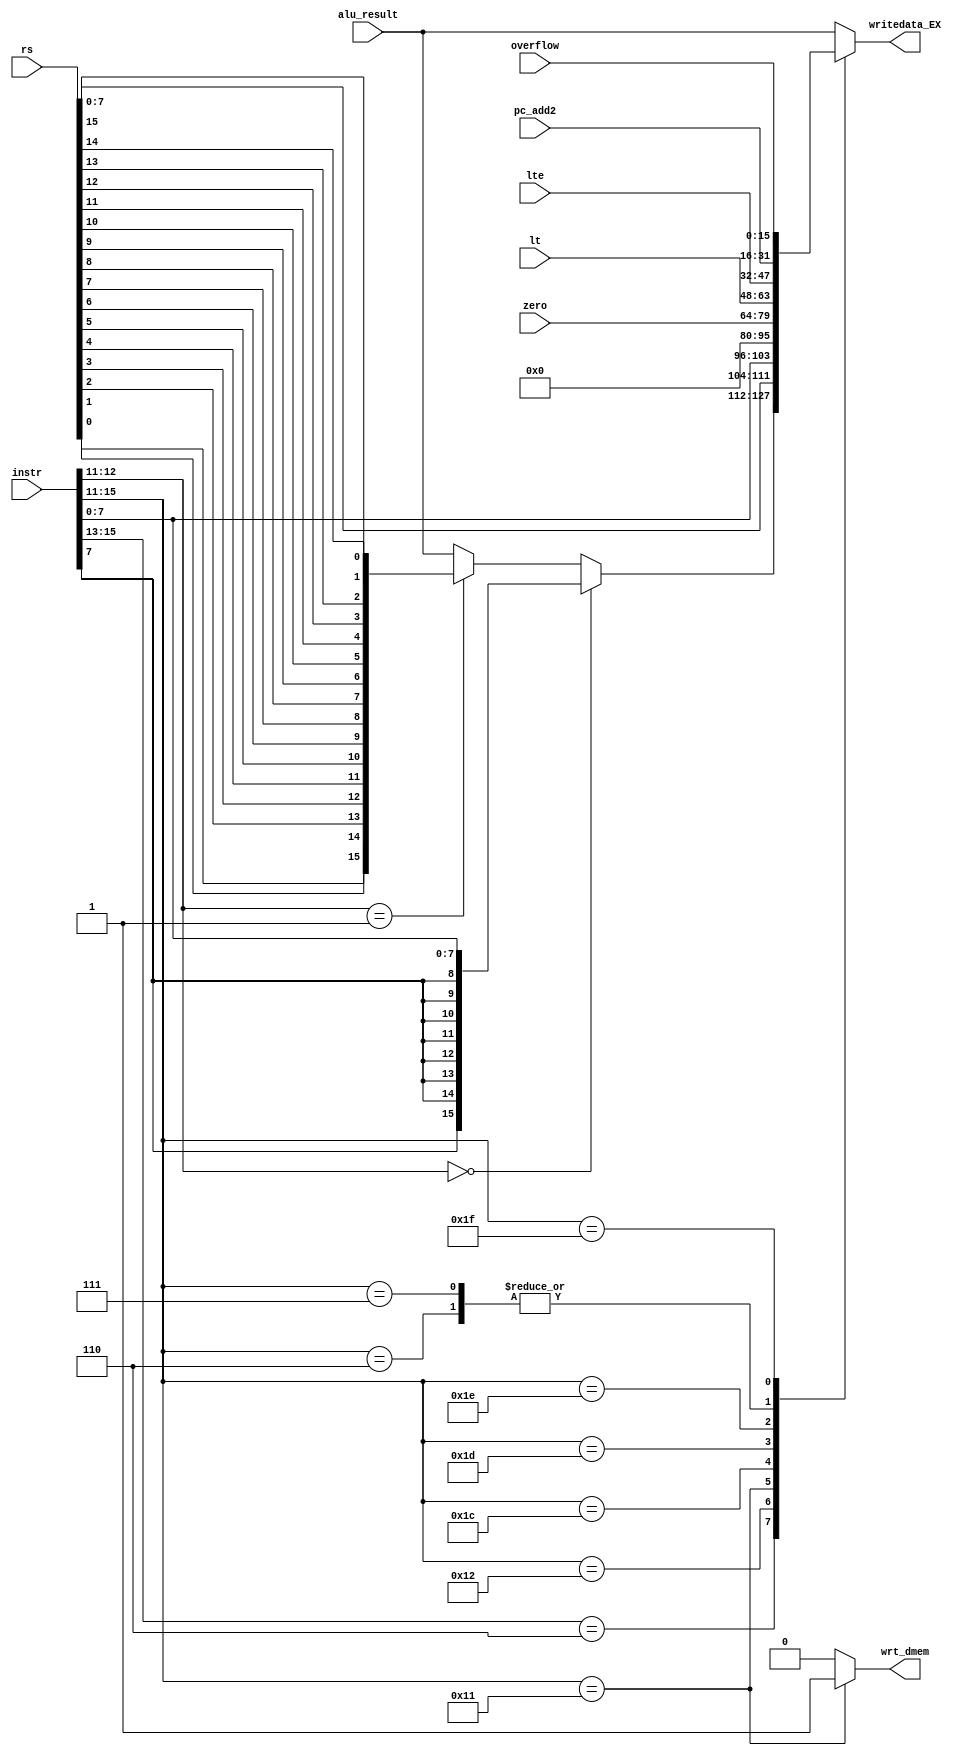
module wrt_ctrl(instr,alu_result,rs,zero,lt,lte,pc_add2,overflow,wrt_dmem,writedata_EX);

input [15:0]instr;
input [15:0]alu_result;
input [15:0]rs;
input [15:0]zero;//sign ext
input [15:0]lt;
input [15:0]lte;
input [15:0]pc_add2;
input [15:0]overflow;//sign ext
output reg wrt_dmem;//equals to 1, writedata from dmem
output reg[15:0]writedata_EX;


wire [15:0] rev_rs;

always@* begin 
	casex(instr[15:11])

	5'b010xx: begin // I-format 1 arith ->rd
	writedata_EX=alu_result;
 	wrt_dmem=0;
	end 

	5'b101xx:begin // I-format 1 rot shift ->rd  
	writedata_EX=alu_result;
 	wrt_dmem=0;
	end 

	5'b10011:begin // STU ->rs
	writedata_EX=alu_result;
 	wrt_dmem=0;
	end 


	5'b110xx: begin 
	writedata_EX=(instr[12:11]==00)?{{8{instr[7]}},instr[7:0]}:(instr[12:11]== 2'b01)? rev_rs : alu_result;//true: LBI -> rs, false:alu
 	wrt_dmem=0;
	end 

	5'b10010: begin //SLBI
		writedata_EX = {rs[7:0], instr[7:0]};
   	wrt_dmem=0;
	end

	5'b10001:begin //LD
		writedata_EX=16'h0;//writedata_EX cannot get data from mem at the EX stage. 
		wrt_dmem=1;
	end 
	
	5'b11100:begin 
	writedata_EX=zero;//SEQ
 	wrt_dmem=0;
	end 

	5'b11101:begin 
	writedata_EX=lt;//SLT
 	wrt_dmem=0;
	end 


	5'b11110:begin
	writedata_EX=lte;//LTE
 	wrt_dmem=0;
	end 

	5'b00110:begin 
	writedata_EX=pc_add2;//JAL
 	wrt_dmem=0;
	end 

	5'b00111:begin 
	writedata_EX=pc_add2;//JALR
 	wrt_dmem=0;
	end 
	
	5'b11111:begin
	writedata_EX=overflow;//SCO
 	wrt_dmem=0;
	end
	

	default:begin
	wrt_dmem=0;
	writedata_EX=alu_result;
	end
	endcase 

end 

assign rev_rs[15] = rs[0];
assign rev_rs[14] = rs[1];
assign rev_rs[13] = rs[2];
assign rev_rs[12] = rs[3];
assign rev_rs[11] = rs[4];
assign rev_rs[10] = rs[5];
assign rev_rs[9] = rs[6];
assign rev_rs[8] = rs[7];
assign rev_rs[7] = rs[8];
assign rev_rs[6] = rs[9];
assign rev_rs[5] = rs[10];
assign rev_rs[4] = rs[11];
assign rev_rs[3] = rs[12];
assign rev_rs[2] = rs[13];
assign rev_rs[1] = rs[14];
assign rev_rs[0] = rs[15];

endmodule